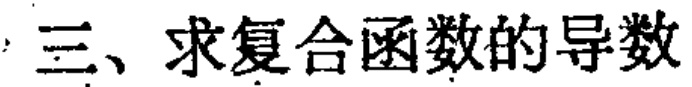
三、求复合函数的导数